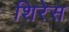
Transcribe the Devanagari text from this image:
शिरेस